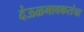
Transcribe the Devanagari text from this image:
देऊळगावकरांचा